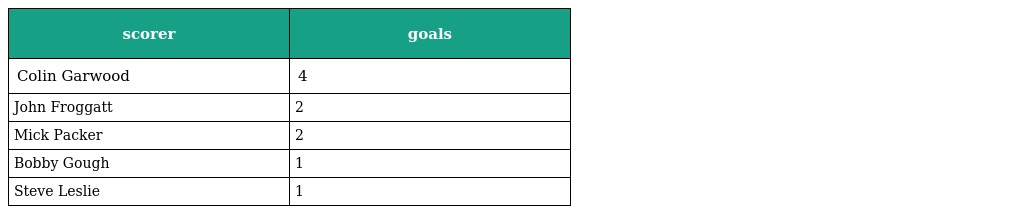
| scorer | goals |
 | --- | --- |
 | Colin Garwood | 4 |
 | John Froggatt | 2 |
 | Mick Packer | 2 |
 | Bobby Gough | 1 |
 | Steve Leslie | 1 |